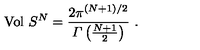
\mathrm { V o l } \ S ^ { N } = \frac { 2 \pi ^ { ( N + 1 ) / 2 } } { { \mit \Gamma } \left( \frac { N + 1 } { 2 } \right) } \ .